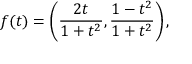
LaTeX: f ( t ) = \left( { \frac { 2 t } { 1 + t ^ { 2 } } } , { \frac { 1 - t ^ { 2 } } { 1 + t ^ { 2 } } } \right) ,